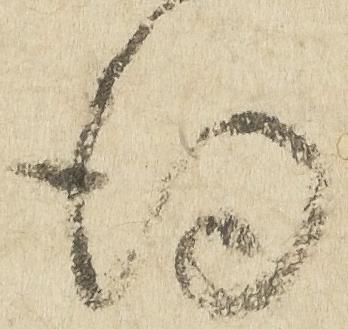
得